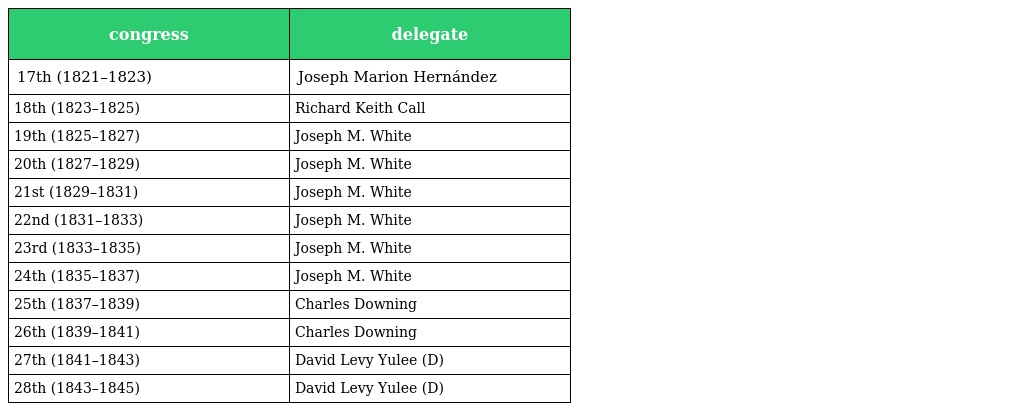
| congress | delegate |
 | --- | --- |
 | 17th (1821–1823) | Joseph Marion Hernández |
 | 18th (1823–1825) | Richard Keith Call |
 | 19th (1825–1827) | Joseph M. White |
 | 20th (1827–1829) | Joseph M. White |
 | 21st (1829–1831) | Joseph M. White |
 | 22nd (1831–1833) | Joseph M. White |
 | 23rd (1833–1835) | Joseph M. White |
 | 24th (1835–1837) | Joseph M. White |
 | 25th (1837–1839) | Charles Downing |
 | 26th (1839–1841) | Charles Downing |
 | 27th (1841–1843) | David Levy Yulee (D) |
 | 28th (1843–1845) | David Levy Yulee (D) |